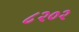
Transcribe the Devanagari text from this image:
८२०२